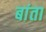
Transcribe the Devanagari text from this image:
बांता